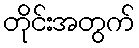
တိုင်းအတွက်